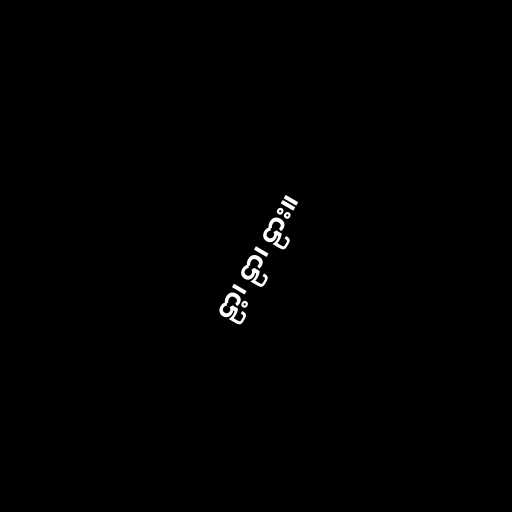
ဠာ့၊ ဠာ၊ ဠား။